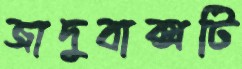
জাদুবাক্সটি